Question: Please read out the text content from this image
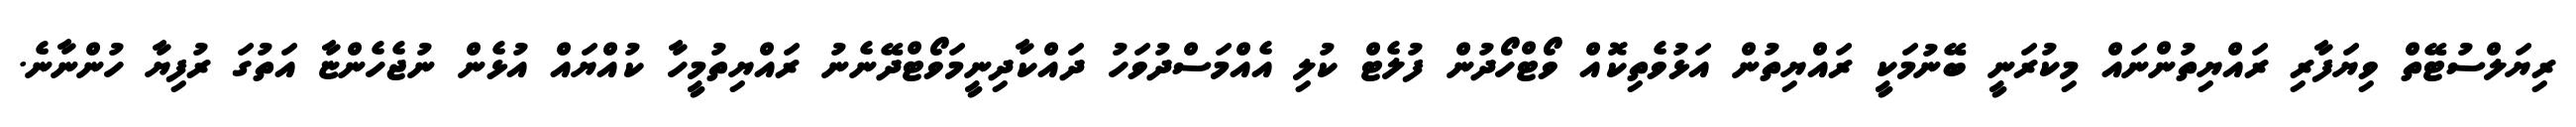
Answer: ރިޔަލްސުޓޭތް ވިޔަފާރި ރައްޔިތުންނައް މިކުރަނީ ބޭނުމަކީ ރައްޔިތުން އަޅުވެތިކޮއް ވޯޓްހޯދުން ފުލެޓް ކުލި އެއްމަސްދުވަހު ދައްކާދިނީމަވޯޓްދޭނެނު ރައްޔިތުމީހާ ކުއްޔައް އުޅެން ނުޖެހެންޏާ އަތުގަ ރުފިޔާ ހުންނާނެ.